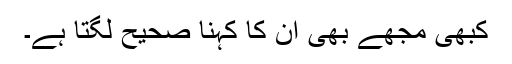
کبھی مجھے بھی ان کا کہنا صحیح لگتا ہے۔